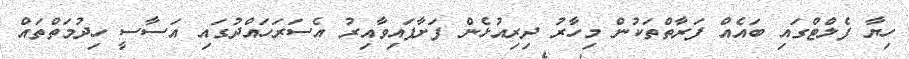
ހިޔާ ފެލްޓްގައި ބައެއް ފަރާތްތަކުން މިހާރު ދިރިއުޅެން ފަށާފައިވާއިރު އެސަރަހައްދުގައި އަސާސީ ހިދުމަތްތައް